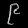
Digit: ၉